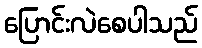
ပြောင်းလဲစေပါသည်